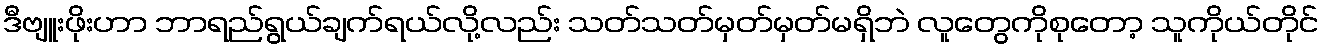
ဒီဗျူးဖိုးဟာ ဘာရည်ရွယ်ချက်ရယ်လို့လည်း သတ်သတ်မှတ်မှတ်မရှိဘဲ လူတွေကိုစုတော့ သူကိုယ်တိုင်